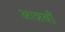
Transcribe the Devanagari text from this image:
आन्नबाँ